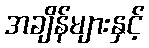
အချိန်များနှင့်